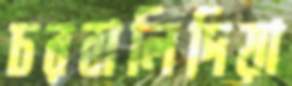
চরবালিদিয়া